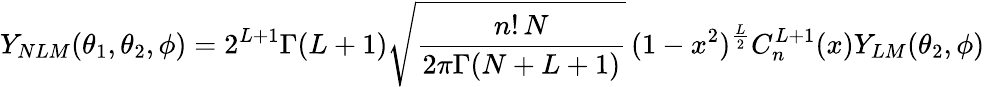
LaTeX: Y_{NLM}(\theta_{1},\theta_{2},\phi)=2^{L+1}\Gamma(L+1)\sqrt{\frac{n!\, N}{2\pi\Gamma(N+L+1)}}\, (1-x^{2})^{\frac L2}C_{n}^{L+1}(x)Y_{LM}(\theta_{2},\phi)